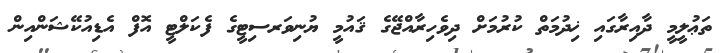
ތަޢުލީމީ ދާއިރާގައި ޚިދުމަތް ކުރުމަށް ދިވެހިރާއްޖޭގެ ޤައުމީ ޔުނިވަރސިޓީގެ ފެކަލްޓީ އޮފް އެޑިއުކޭޝަންއިން